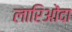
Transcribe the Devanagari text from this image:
लारिओंदा